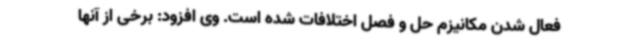
فعال شدن مکانیزم حل و فصل اختلافات شده است. وی افزود: برخی از آنها